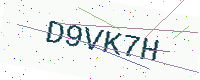
Text: D9VK7H